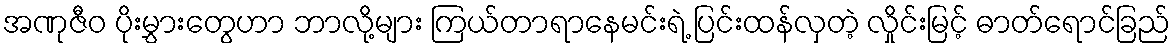
အဏုဇီဝ ပိုးမွှားတွေဟာ ဘာလို့များ ကြယ်တာရာနေမင်းရဲ့ ပြင်းထန်လှတဲ့ လှိုင်းမြင့် ဓာတ်ရောင်ခြည်